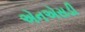
એનએસડી